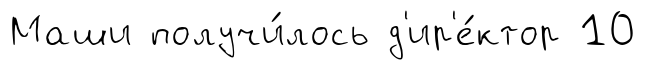
Маши получи́лось д'ир'е́ктор 10